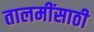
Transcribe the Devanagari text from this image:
तालमींसाठी